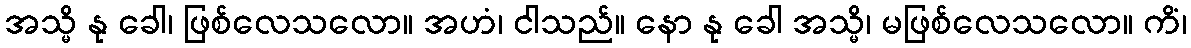
အသ္မိ နု ခေါ၊ ဖြစ်လေသလော။ အဟံ၊ ငါသည်။ နော နု ခေါ အသ္မိ၊ မဖြစ်လေသလော။ ကိံ၊